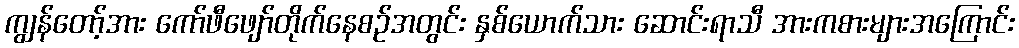
ကျွန်တော့်အား ကော်ဖီဖျော်တိုက်နေစဉ်အတွင်း နှစ်ယောက်သား ဆောင်းရာသီ အားကစားများအကြောင်း